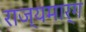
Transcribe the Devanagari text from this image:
राज्‍यमार्ग